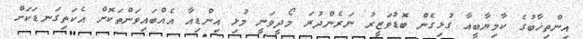
އިންތިޚާބުގެ ކާމިޔާބީއާ ގުޅިގެން ބޮޑުވަޒީރު ނަރެންދުރަ މޯދީވަނީ މުޅި އިންޑިއާ އެއްބައިވަންތަކޮށް އެކަތިގަނޑަކަށް